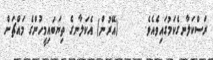
ރަސްކަލާނގެކަމުގައިވެއެވެ.      (އޭރުން) އެކަލާނގެ ތިޔަބައިމީހުންގެ މައްޗަށް